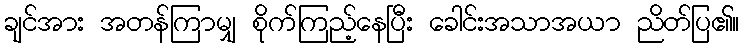
ချင်အား အတန်ကြာမျှ စိုက်ကြည့်နေပြီး ခေါင်းအသာအယာ ညိတ်ပြ၏။